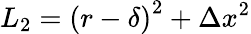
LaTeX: L_{2}=\left(r-\delta\right)^{2}+\Delta x^{2}